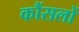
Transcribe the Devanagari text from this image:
कौंसलों